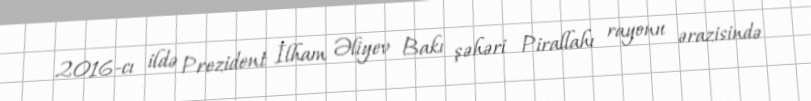
2016-cı ildə Prezident İlham Əliyev Bakı şəhəri Pirallahı rayonu ərazisində